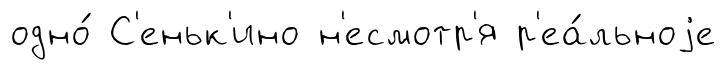
одно́ С'еньк'ино н'есмотр'я р'еа́льноjе